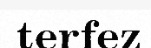
terfez